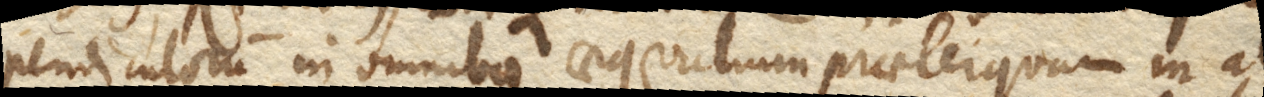
pendiculorum in omnibus aequalium praeterquam in al–